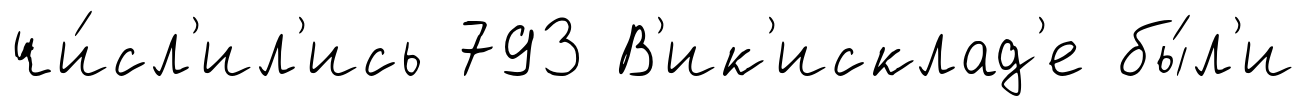
чи́сл'ил'ись 793 В'ик'исклад'е бы́л'и